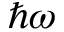
\hbar \omega